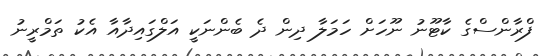
ފްރާންސްގެ ކާޓޫނު ނޫހަށް ހަމަލާ ދިން ދެ ބެންނަކީ އަލްގައިދާއާ އެކު ތަމްރީނު